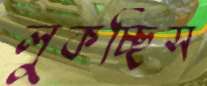
লুকচ্ছিস